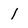
Character: 1